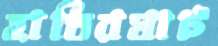
হাতিরঘাট